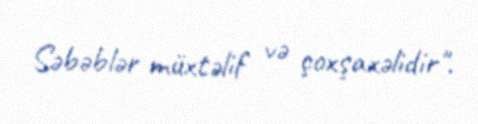
Səbəblər müxtəlif və çoxşaxəlidir".